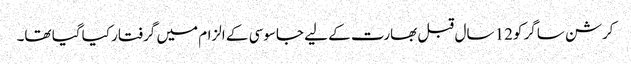
کرشن ساگر کو12 سال قبل بھارت کے لیے جاسوسی کے الزام میں گرفتار کیا گیا تھا۔